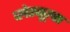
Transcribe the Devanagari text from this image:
प्लेस्कूल्स